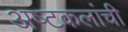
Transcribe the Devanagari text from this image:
अष्‍टकलांची